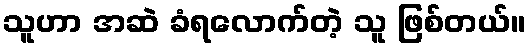
သူဟာ အဆဲ ခံရလောက်တဲ့ သူ ဖြစ်တယ်။